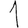
Digit: 1